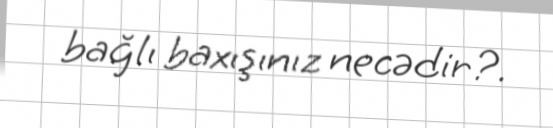
bağlı baxışınız necədir?.